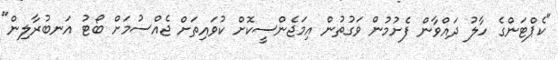
"ކެޕްޓަންގެ ހާލު ދައްވާން ފެށުުމުން ވަގުތުން އިމަޖެންސީކޮށް ކުވައިތަށް ޖެއްސުމަށް ބޯޓު އަނބުރާލިން"